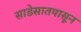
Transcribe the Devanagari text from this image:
साडेसातपासून